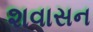
શવાસન